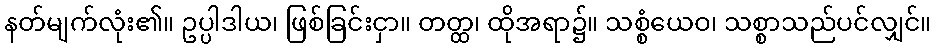
နတ်မျက်လုံး၏။ ဥပ္ပါဒါယ၊ ဖြစ်ခြင်းငှာ။ တတ္ထ၊ ထိုအရာ၌။ သစ္စံယေဝ၊ သစ္စာသည်ပင်လျှင်။